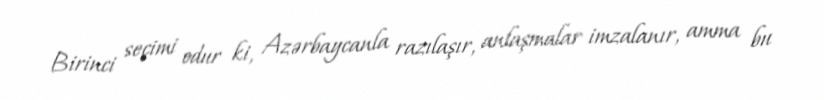
Birinci seçimi odur ki, Azərbaycanla razılaşır, anlaşmalar imzalanır, amma bu